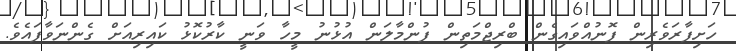
ހަށިފާރަވެރިން ފޮނުއްވައިގެން ބްރިޖްމަތިން ފުންމާލަން އުޅުނު މީހާ ވަނީ ކާރުކޮޅު ކައިރިއަށް ގެންނަވާފައެވެ.